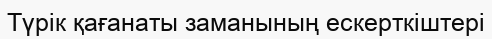
Түрік қағанаты заманының ескерткіштері